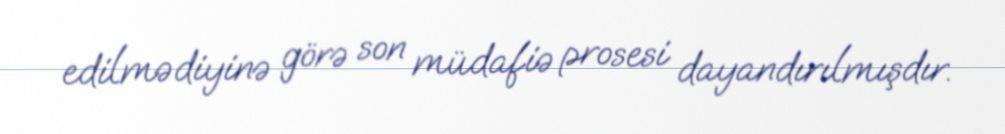
edilmədiyinə görə son müdafiə prosesi dayandırılmışdır.